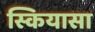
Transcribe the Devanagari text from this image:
स्कियासा